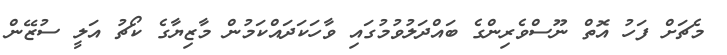
މެޗަށް ފަހު އޮތް ނޫސްވެރިންގެ ބައްދަލުވުމުގައި ވާހަކަދައްކަމުން މާޒިޔާގެ ކޯޗު އަލީ ސުޒޭން